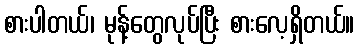
စားပါတယ်၊ မုန့်တွေလုပ်ပြီး စားလေ့ရှိတယ်။